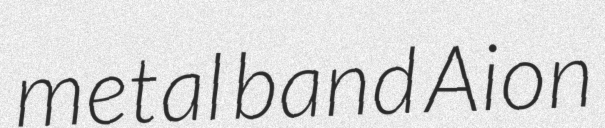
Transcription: metal band Aion